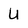
Character: U